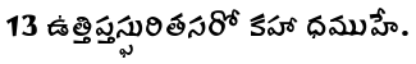
13 ఉత్తిప్తస్ఫురితసరో కహా ధముహే.